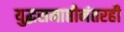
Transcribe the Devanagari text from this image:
युद्धसमाप्तीनंतरही